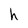
Character: h